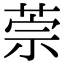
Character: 萗